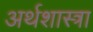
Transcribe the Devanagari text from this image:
अर्थशास्त्रा